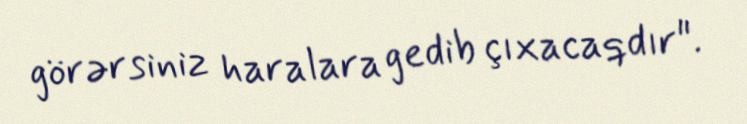
görərsiniz haralara gedib çıxacaqdır".